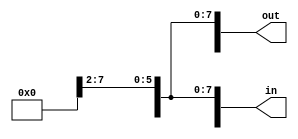
module zero_ext_8_16(out, in);

    output wire [15:0] out;
    output wire [15:0] in;

    assign out = {8'b0, in[7:0]};

endmodule